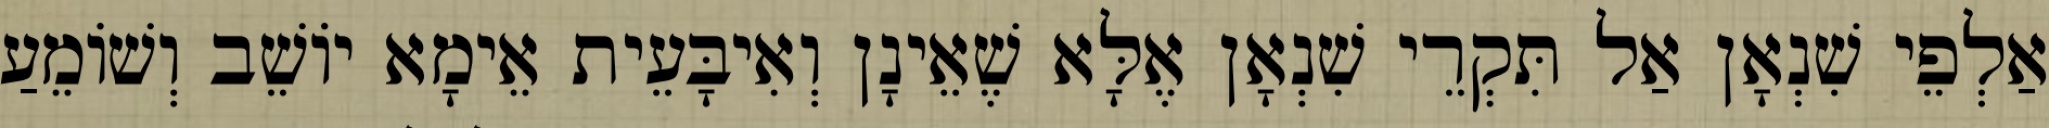
אַלְפֵי שִׁנְאָן אַל תִּקְרֵי שִׁנְאָן אֶלָּא שֶׁאֵינָן וְאִיבָּעֵית אֵימָא יוֹשֵׁב וְשׁוֹמֵעַ